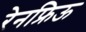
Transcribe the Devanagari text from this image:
रेनफ्रिऊ